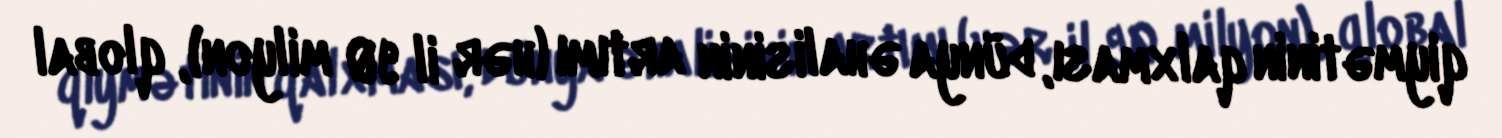
qiymətinin qalxması, dünya əhalisinin artımı (hər il 90 milyon), qlobal